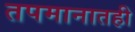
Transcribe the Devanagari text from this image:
तपमानातही